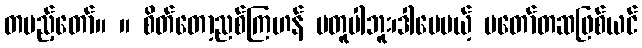
တပည့်တော်။ ။ စိတ်တော့ညစ်ကြဟန် မတူပါဘူး၊ဒါပေမယ့် မတော်တဆဖြစ်ယင်